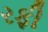
રફી